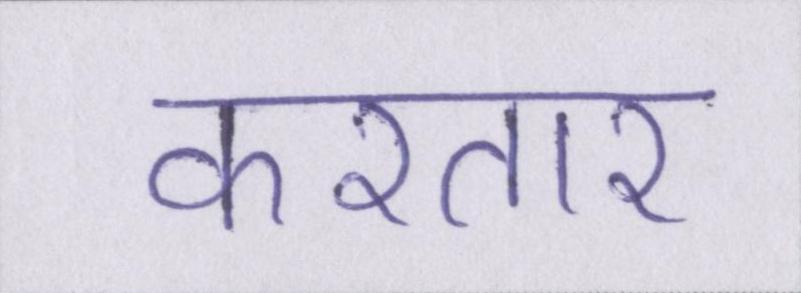
करतार